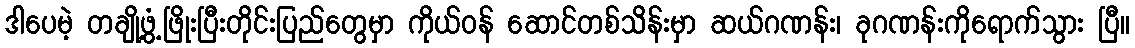
ဒါပေမဲ့ တချို့ဖွံ့ဖြိုးပြီးတိုင်းပြည်တွေမှာ ကိုယ်ဝန် ဆောင်တစ်သိန်းမှာ ဆယ်ဂဏန်း၊ ခုဂဏန်းကိုရောက်သွား ပြီ။